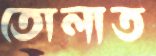
তোলাত